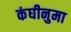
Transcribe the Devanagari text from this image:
कंघीनुमा